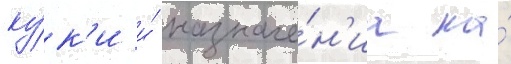
ку́к'и и́ назначе́н'иа на́